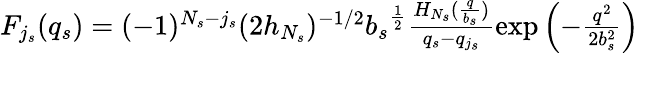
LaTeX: \begin{array}{rl}{F_{j_{s}}(q_{s})=(-1)^{N_{s}-{j_{s}}}(2h_{N_{s}})^{-1/2}{b_{s}}^{\frac{1}{2}}\frac{H_{N_{s}}(\frac{q}{b_{s}})}{q_{s}-q_{j_{s}}}\exp\left(-\frac{q^{2}}{2b_{s}^{2}}\right)}\\ &{}\end{array}